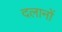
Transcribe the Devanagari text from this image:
दलानों